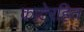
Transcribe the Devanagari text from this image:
काटेरहित